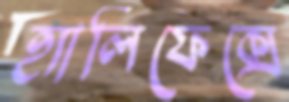
হ্যালিফেক্সে